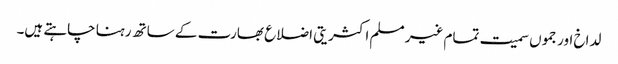
لداخ اور جموں سمیت تمام غیر مسلم اکثریتی اضلاع بھارت کے ساتھ رہنا چاہتے ہیں۔